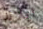
ايلاند